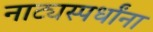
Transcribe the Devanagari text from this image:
नाट्यस्पर्धांना